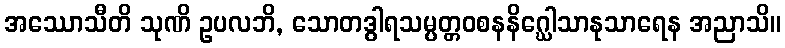
အဿောသီတိ သုဏိ ဥပလဘိ, သောတဒွါရသမ္ပတ္တဝစနနိဂ္ဃေါသာနုသာရေန အညာသိ။